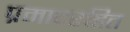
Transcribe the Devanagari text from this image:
प्रमादरहित